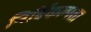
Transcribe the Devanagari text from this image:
निर्विकल्पता